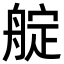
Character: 𦩘